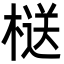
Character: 㮸